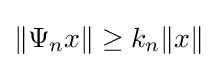
\|\Psi _{n}x\|\geq k_{n}\|x\|